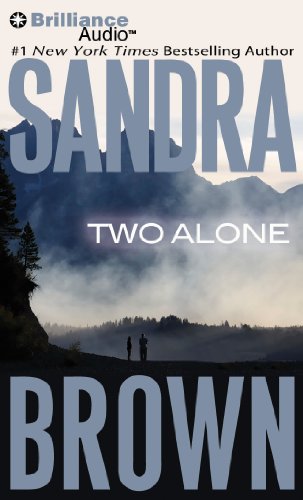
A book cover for Two Alone; Sandra Brown; Romance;